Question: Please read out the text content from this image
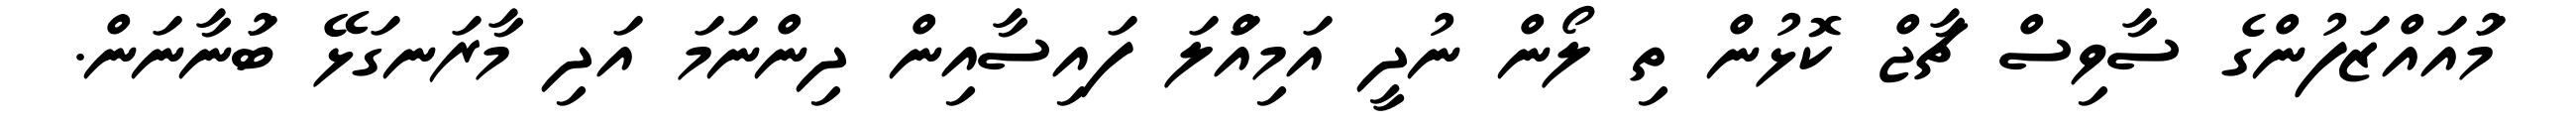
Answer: މުައައްޒަފުންގެ ސާވިސް ޗާޖް ކޮޅުން ތި ލޯން ނުދީ އަމިއްަލަ ފައިސާއިން ދިންނަމަ އަދި މާރަނގަޅޭ ބުަނާނަން.